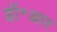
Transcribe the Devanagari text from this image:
डॉ॰आर